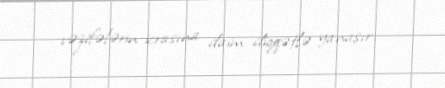
vəzifələrin icrasına daim diqqətlə yanaşır.